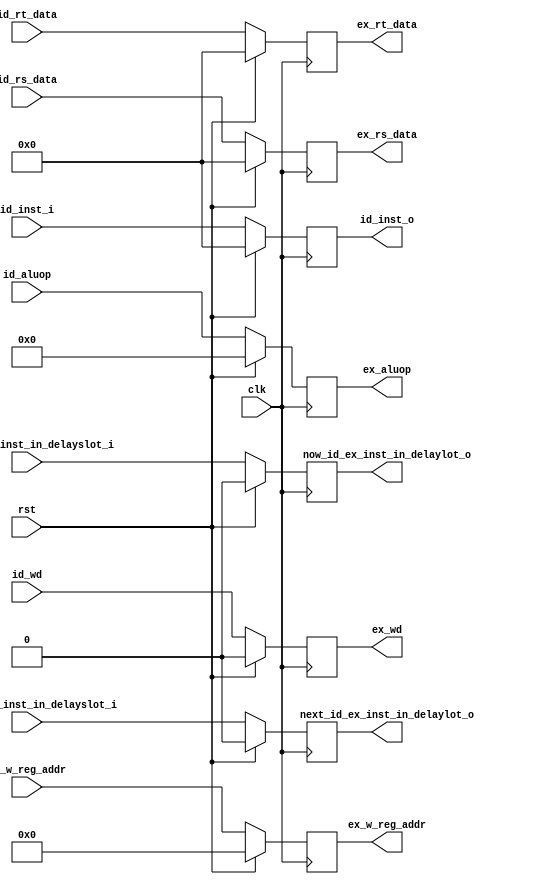


module id_ex(
    input       wire            rst,
    input       wire            clk,

// id
    input       wire[7:0]       id_aluop,
  //input       wire[7:0]       id_alusel,
    input       wire[31:0]       id_rs_data,
    input       wire[31:0]       id_rt_data,
    input       wire[4:0]       id_w_reg_addr,
    input       wire            id_wd,
    input       wire            next_id_ex_inst_in_delayslot_i,  //
    input       wire            now_id_ex_inst_in_delayslot_i,   //,
    input       wire[31:0]      id_inst_i,

    output      reg[7:0]       ex_aluop,
  //output      reg[7:0]       ex_alusel,                           //
    output      reg[31:0]       ex_rs_data,
    output      reg[31:0]       ex_rt_data,
    output      reg[4:0]       ex_w_reg_addr,
    output      reg            ex_wd,
    output      reg            next_id_ex_inst_in_delaylot_o,    //
    output      reg            now_id_ex_inst_in_delaylot_o,
    output      reg[31:0]     id_inst_o
);


always @ ( posedge clk) begin
    if(rst) begin
        ex_aluop                            <=       8'h0;
        ex_rs_data                          <=       5'h0;
        ex_rt_data                          <=       5'h0;
        ex_w_reg_addr                       <=       5'h0;
        ex_wd                               <=       1'b0;
        next_id_ex_inst_in_delaylot_o       <=       1'h0;
        now_id_ex_inst_in_delaylot_o        <=       1'h0;
        id_inst_o                              <=       32'h0;

    end
    else begin
        ex_aluop                            <=      id_aluop;
        ex_rs_data                          <=      id_rs_data;          
        ex_rt_data                          <=      id_rt_data;      
        ex_w_reg_addr                       <=      id_w_reg_addr;
        ex_wd                               <=      id_wd;
        next_id_ex_inst_in_delaylot_o       <=      next_id_ex_inst_in_delayslot_i;
        now_id_ex_inst_in_delaylot_o        <=      now_id_ex_inst_in_delayslot_i;
        id_inst_o                              <=    id_inst_i;
    end

 end

endmodule